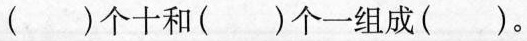
( )个十和( )个一组成( )。